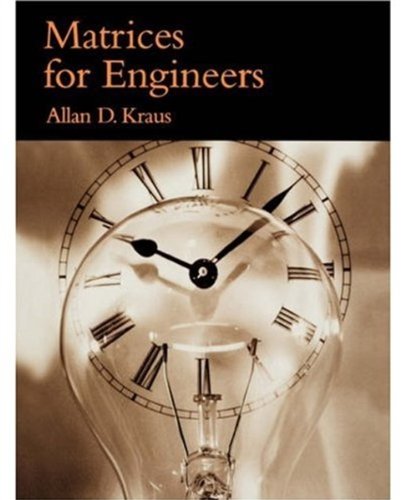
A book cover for Matrices for Engineers; Allan D. Kraus; Science & Math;